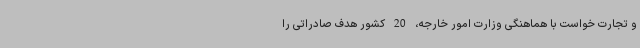
و تجارت خواست با هماهنگی وزارت امور خارجه، 20 کشور هدف صادراتی را